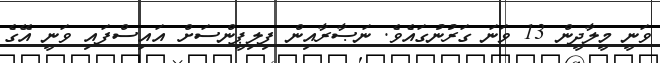
ވަނީ މީލާދީން 13 ވަނަ ގަރުނުގައެވެ. ނަޞާރާއިން ފިލިޕީންސަށް އައިސްފައި ވަނީ އޭގެ